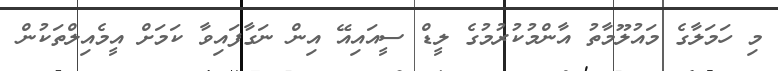
މި ހަމަލާގެ މައުލޫމާތު އާންމުކުރުމުގެ ލީޑް ސީއައިއޭ އިން ނަގާފައިވާ ކަމަށް އީމެއިލްތަކުން